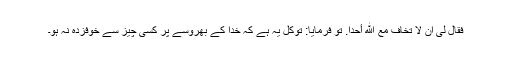
فقال لی ان لا تخاف مع الله أحدا. تو فرمایا: توکل یہ ہے کہ خدا کے بھروسے پر کسی چیز سے خوفزدہ نہ ہو۔